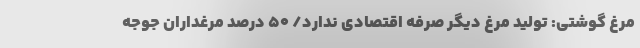
مرغ گوشتی: تولید مرغ دیگر صرفه اقتصادی ندارد/ ۵۰ درصد مرغداران جوجه